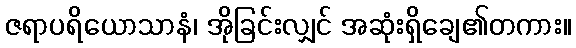
ဇရာပရိယောသာနံ၊ အိုခြင်းလျှင် အဆုံးရှိချေ၏တကား။